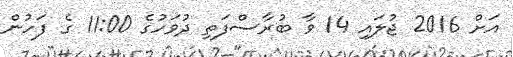
އަށް 2016 ޖުލައި 14 ވާ ބުރާސްފަތި ދުވަހުގެ 11:00 ގެ ފަހުން